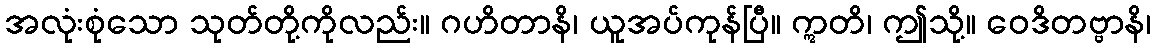
အလုံးစုံသော သုတ်တို့ကိုလည်း။ ဂဟိတာနိ၊ ယူအပ်ကုန်ပြီ။ ဣတိ၊ ဤသို့။ ဝေဒိတဗ္ဗာနိ၊